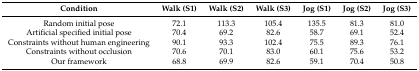
<table><thead><tr><td><b>Condition</b></td><td><b>Walk (S1)</b></td><td><b>Walk (S2)</b></td><td><b>Walk (S3)</b></td><td><b>Jog (S1)</b></td><td><b>Jog (S2)</b></td><td><b>Jog (S3)</b></td></tr></thead><tbody><tr><td>Random initial pose</td><td>72.1</td><td>113.3</td><td>105.4</td><td>135.5</td><td>81.3</td><td>81.0</td></tr><tr><td>Artificial specified initial pose</td><td>70.4</td><td>69.2</td><td>82.6</td><td>58.7</td><td>69.1</td><td>52.4</td></tr><tr><td>Constraints without human engineering</td><td>90.1</td><td>93.3</td><td>102.4</td><td>75.5</td><td>89.3</td><td>76.1</td></tr><tr><td>Constraints without occlusion</td><td>70.6</td><td>70.1</td><td>83.0</td><td>60.1</td><td>75.6</td><td>53.2</td></tr><tr><td>Our framework</td><td>68.8</td><td>69.9</td><td>82.6</td><td>59.1</td><td>70.4</td><td>50.8</td></tr></tbody></table>